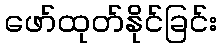
ဖော်ထုတ်နိုင်ခြင်း